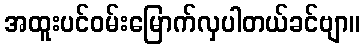
အထူးပင်ဝမ်းမြောက်လှပါတယ်ခင်ဗျာ။